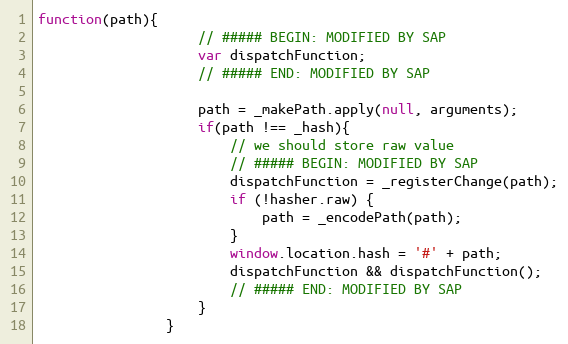
Language: JavaScript
function(path){
					// ##### BEGIN: MODIFIED BY SAP
					var dispatchFunction;
					// ##### END: MODIFIED BY SAP

					path = _makePath.apply(null, arguments);
					if(path !== _hash){
						// we should store raw value
						// ##### BEGIN: MODIFIED BY SAP
						dispatchFunction = _registerChange(path);
						if (!hasher.raw) {
							path = _encodePath(path);
						}
						window.location.hash = '#' + path;
						dispatchFunction && dispatchFunction();
						// ##### END: MODIFIED BY SAP
					}
				}